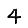
Digit: 4